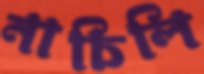
নাচিলি